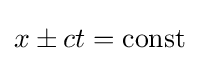
x\pm ct=\mathrm {const}